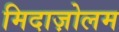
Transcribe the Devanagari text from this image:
मिदाज़ोलम